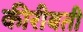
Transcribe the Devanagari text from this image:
कीरीबती